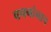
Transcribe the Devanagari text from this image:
वचनांनाच